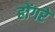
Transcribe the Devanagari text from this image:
होंगरे